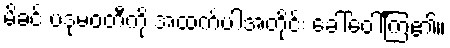
မိခင် ပဒုမဝတီကို အထက်ပါအတိုင်း ခေါ်ဝေါ်ကြ၏။